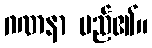
ဂဏနာ မည်၏။